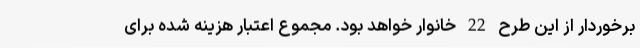
برخوردار از این طرح 22 خانوار خواهد بود. مجموع اعتبار هزینه شده برای